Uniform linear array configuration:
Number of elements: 16
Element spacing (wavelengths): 0.25
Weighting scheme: kaiser
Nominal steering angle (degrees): -60
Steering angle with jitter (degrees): -61.784
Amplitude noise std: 0.05
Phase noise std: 0.05

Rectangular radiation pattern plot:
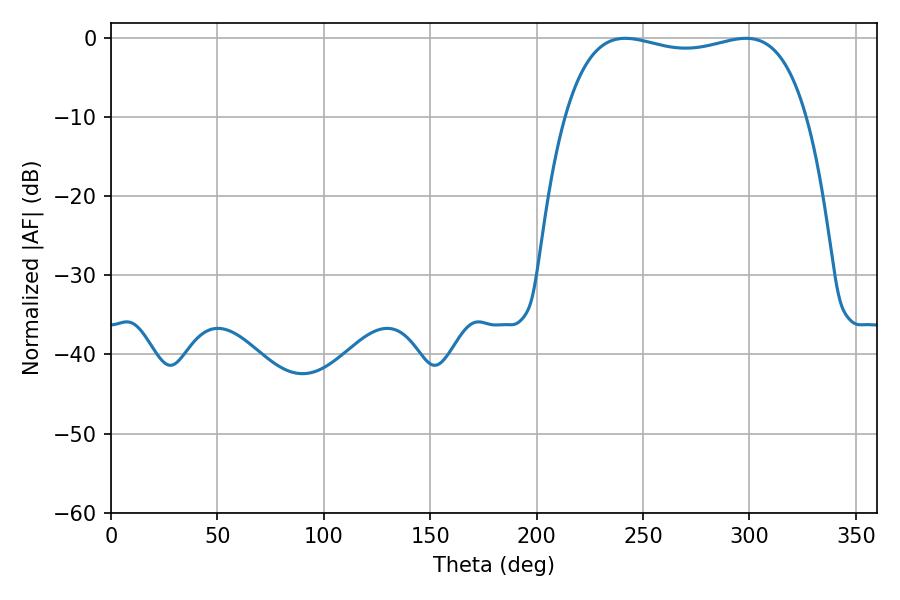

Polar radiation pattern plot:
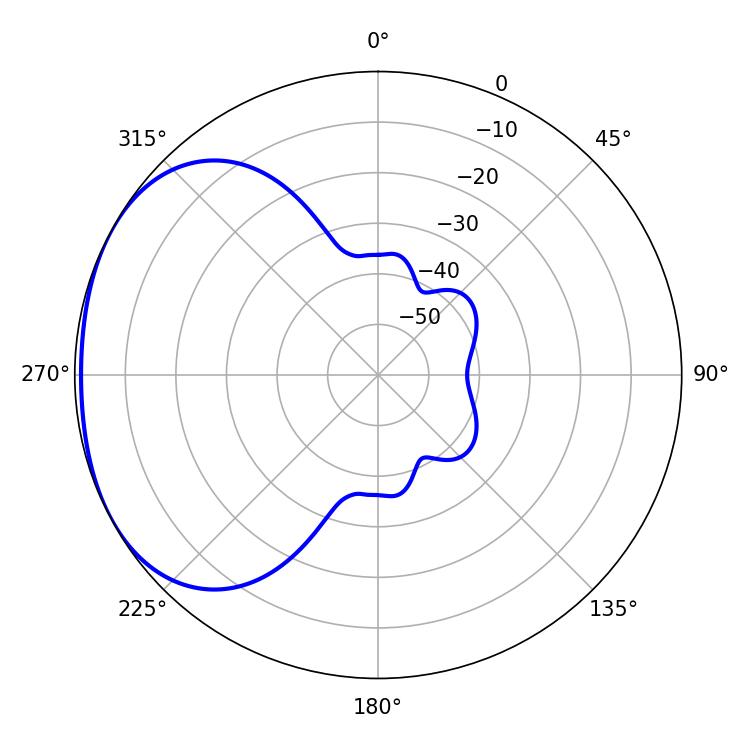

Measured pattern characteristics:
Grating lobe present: FALSE
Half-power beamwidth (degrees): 92.16
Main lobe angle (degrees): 241.56